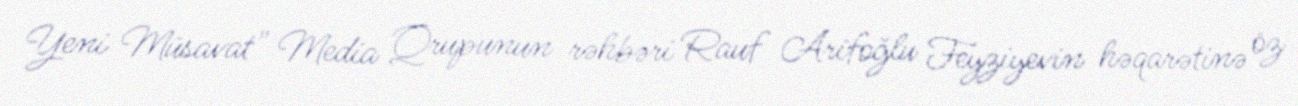
Yeni Müsavat" Media Qrupunun rəhbəri Rauf Arifoğlu Feyziyevin həqarətinə öz